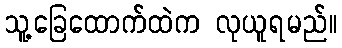
သူ့ခြေထောက်ထဲက လုယူရမည်။